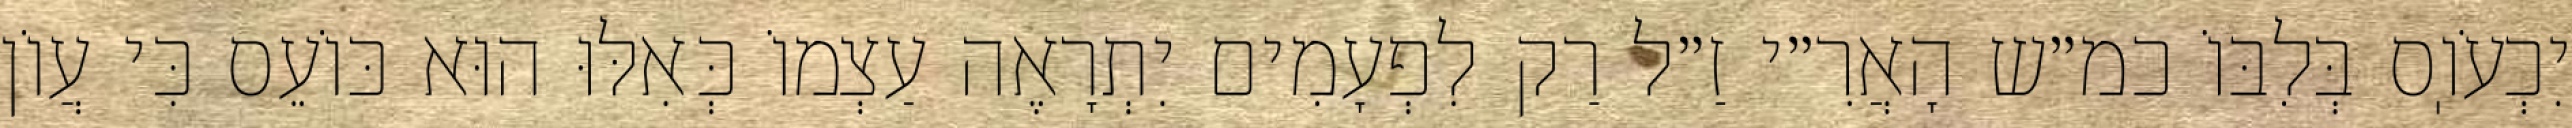
יִכְעֹוֽס בְּלִבּוֹ כמ״ש הָאֲרִ״י זַ״ל רַק לִפְעָמִים יִתְרָאֶה עַצְמוֹ כְּאִלּוּ הוּא כּוֹעֵס כִּי עֲוֹן